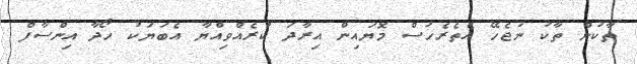
ތާކުން ތާކު ނުޖެހޭ އެތެރެހުސް މޮޔައިން އިރާދަ ކުރެއްވިއްޔާ އެބަޔަކު ހޯދާ އިންސާފް